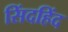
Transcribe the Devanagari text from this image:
सिंदहिंद